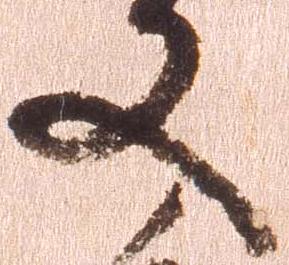
又